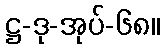
ဋ္ဌ-ဒု-အုပ်-၆၈။